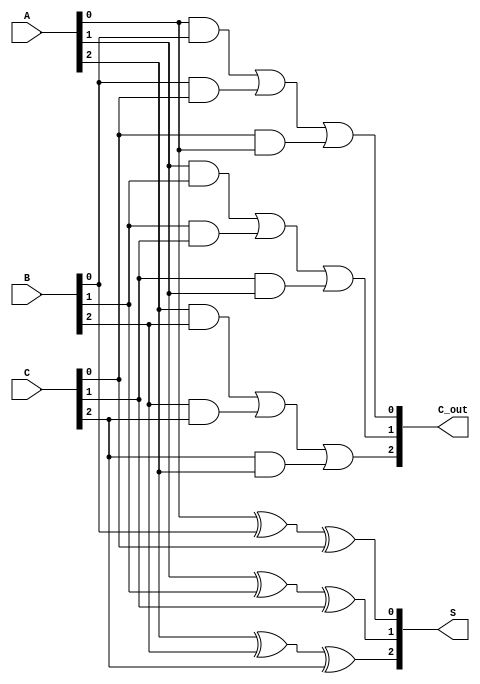
module CarrySaveAdder (
    input  [2:0] A,  // 3-bit input A
    input  [2:0] B,  // 3-bit input B
    input  [2:0] C,  // 3-bit input C
    output [2:0] S,  // 3-bit sum output
    output [2:0] C_out // 3-bit carry output
);

    // Intermediate signals for sum and carry
    wire S0, S1, S2;
    wire C0, C1, C2;

    // Full Adder for bit 0
    assign S0 = A[0] ^ B[0] ^ C[0]; // Sum for LSB
    assign C0 = (A[0] & B[0]) | (B[0] & C[0]) | (C[0] & A[0]); // Carry for LSB

    // Full Adder for bit 1
    assign S1 = A[1] ^ B[1] ^ C[1]; // Sum for bit 1
    assign C1 = (A[1] & B[1]) | (B[1] & C[1]) | (C[1] & A[1]); // Carry for bit 1

    // Full Adder for bit 2
    assign S2 = A[2] ^ B[2] ^ C[2]; // Sum for MSB
    assign C2 = (A[2] & B[2]) | (B[2] & C[2]) | (C[2] & A[2]); // Carry for MSB

    // Assign outputs
    assign S = {S2, S1, S0};     // Concatenate sum bits
    assign C_out = {C2, C1, C0}; // Concatenate carry bits

endmodule